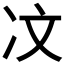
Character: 𪞙